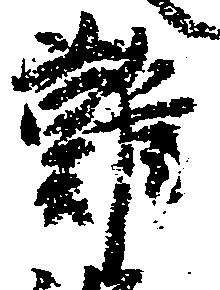
難